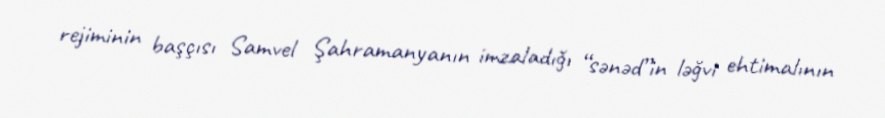
rejiminin başçısı Samvel Şahramanyanın imzaladığı “sənəd”in ləğvi ehtimalının